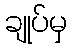
ချုပ်မှ